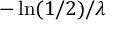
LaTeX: - \ln ( 1 / 2 ) / \lambda